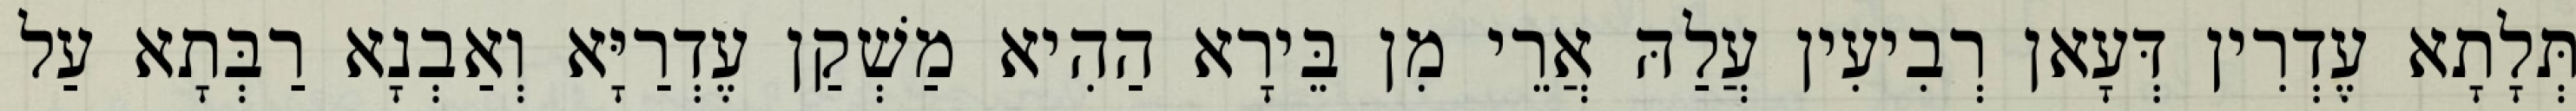
תְּלָתָא עֶדְרִין דְּעָאן רְבִיעִין עֲלַהּ אֲרֵי מִן בֵּירָא הַהִיא מַשְׁקַן עֶדְרַיָּא וְאַבְנָא רַבְּתָא עַל